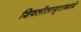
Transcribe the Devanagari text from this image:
शिवलीलामृतामध्ये